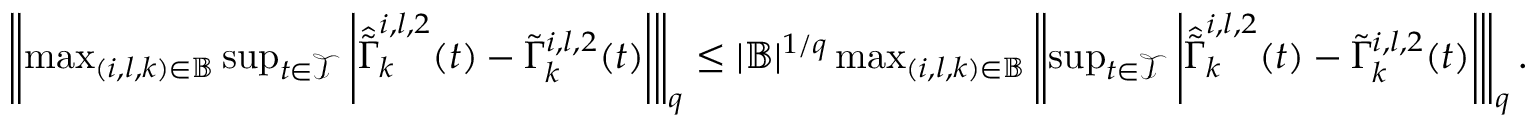
\begin{array} { r } { \left\| \operatorname* { m a x } _ { ( i , l , k ) \in \mathbb { B } } \operatorname* { s u p } _ { t \in \mathcal { T } } \left| \hat { \tilde { \Gamma } } _ { k } ^ { i , l , 2 } ( t ) - \tilde { \Gamma } _ { k } ^ { i , l , 2 } ( t ) \right| \right\| _ { q } \leq | \mathbb { B } | ^ { 1 / q } \operatorname* { m a x } _ { ( i , l , k ) \in \mathbb { B } } \left\| \operatorname* { s u p } _ { t \in \mathcal { T } } \left| \hat { \tilde { \Gamma } } _ { k } ^ { i , l , 2 } ( t ) - \tilde { \Gamma } _ { k } ^ { i , l , 2 } ( t ) \right| \right\| _ { q } . } \end{array}